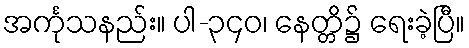
အင်္ကုသနည်း။ ပါ-၃၄၀၊ နေတ္တိ၌ ရေးခဲ့ပြီ။